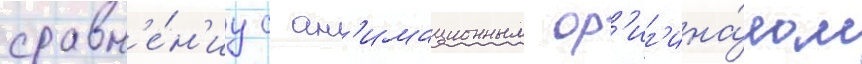
сравн'е́н'иу с ан'имационным ор'иг'ина́лом